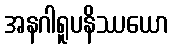
အနဂါရူပနိဿယော